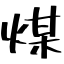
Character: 煤